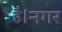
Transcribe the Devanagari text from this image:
है।नगर